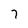
Character: 7